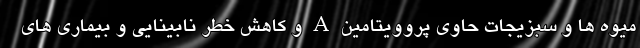
میوه ها و سبزیجات حاوی پروویتامین A و کاهش خطر نابینایی و بیماری های